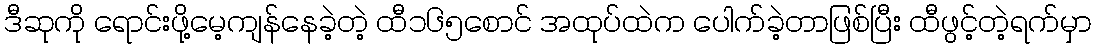
ဒီဆုကို ရောင်းဖို့မေ့ကျန်နေခဲ့တဲ့ ထီ၁၆၅စောင် အထုပ်ထဲက ပေါက်ခဲ့တာဖြစ်ပြီး ထီဖွင့်တဲ့ရက်မှာ